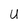
Character: U